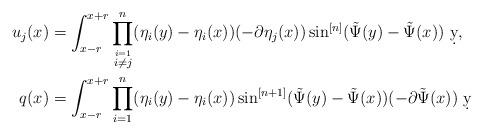
LaTeX: \begin{align*}u_j(x) &= \int_{x-r}^{x+r} \prod_{\stackrel{i=1}{i\neq j}}^n(\eta_i(y)-\eta_i(x))(-\partial \eta_j(x))\sin^{[n]}(\tilde \Psi(y)-\tilde\Psi(x))\ \d y,\\q(x) &= \int_{x-r}^{x+r} \prod_{i=1}^n(\eta_i(y)-\eta_i(x))\sin^{[n+1]}(\tilde \Psi(y)-\tilde \Psi(x))(-\partial \tilde \Psi(x)) \ \d y\end{align*}